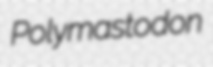
Polymastodon